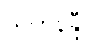
သဟနန္ဒီ